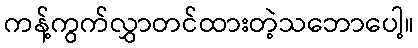
ကန့်ကွက်လွှာတင်ထားတဲ့သဘောပေါ့။